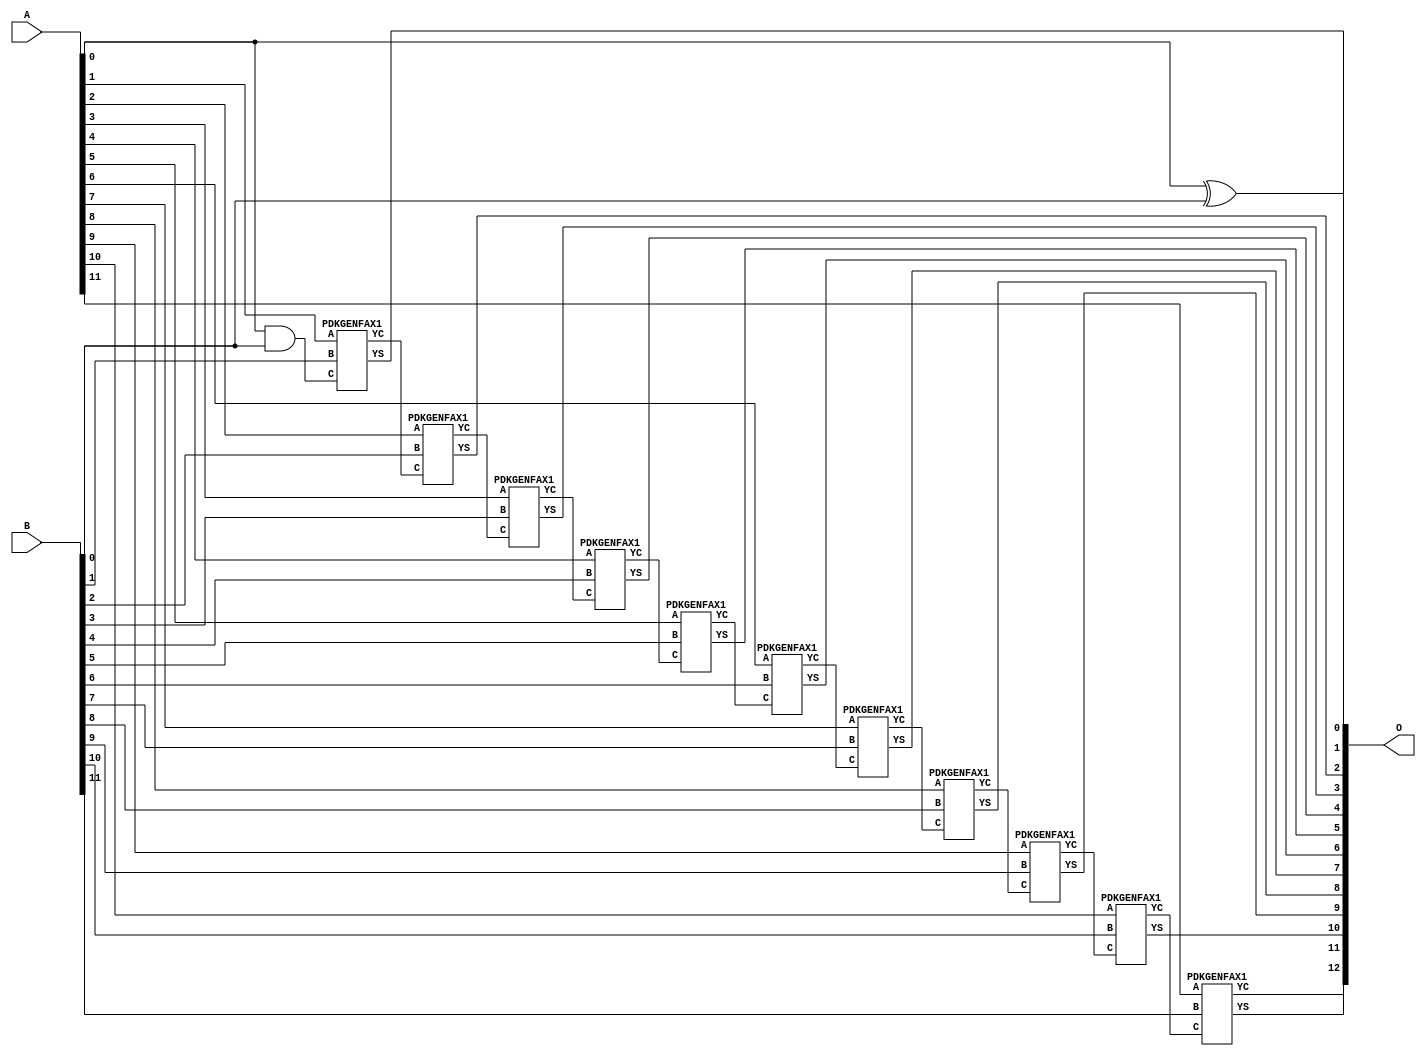
/***
* This code is a part of EvoApproxLib library (ehw.fit.vutbr.cz/approxlib) distributed under The MIT License.
* When used, please cite the following article(s): V. Mrazek, Z. Vasicek and R. Hrbacek, "Role of circuit representation in evolutionary design of energy-efficient approximate circuits" in IET Computers & Digital Techniques, vol. 12, no. 4, pp. 139-149, 7 2018. doi: 10.1049/iet-cdt.2017.0188 
* This file contains a circuit from a sub-set of pareto optimal circuits with respect to the pwr and ep parameters
***/
// MAE% = 0.00 %
// MAE = 0 
// WCE% = 0.00 %
// WCE = 0 
// WCRE% = 0.00 %
// EP% = 0.00 %
// MRE% = 0.00 %
// MSE = 0 
// PDK45_PWR = 0.052 mW
// PDK45_AREA = 106.1 um2
// PDK45_DELAY = 0.96 ns

module add12u_19A(A, B, O);
  input [11:0] A, B;
  output [12:0] O;
  wire n_415, n_414, n_36, n_349, n_42, n_37, n_314, n_315, n_23, n_22;
  wire n_21, n_20, n_27, n_26, n_25, n_24, n_248, n_29, n_28, n_48;
  wire n_249, n_81, n_80, n_149, n_148, n_67, n_66, n_214, n_129, n_128;
  wire n_39, n_38, n_102, n_380, n_381, n_181, n_180, n_8, n_9, n_115;
  wire n_4, n_5, n_6, n_7, n_0, n_1, n_2, n_3, n_30, n_31;
  wire n_32, n_33, n_34, n_35, n_18, n_19, n_16, n_17, n_14, n_15;
  wire n_12, n_13, n_10, n_11, n_114, n_45, n_58, n_59, n_44, n_43;
  wire n_47, n_348, n_280, n_215, n_46, n_281, n_41, n_40;
  assign n_0 = A[0];
  assign n_1 = A[0];
  assign n_2 = A[1];
  assign n_3 = A[1];
  assign n_4 = A[2];
  assign n_5 = A[2];
  assign n_6 = A[3];
  assign n_7 = A[3];
  assign n_8 = A[4];
  assign n_9 = A[4];
  assign n_10 = A[5];
  assign n_11 = A[5];
  assign n_12 = A[6];
  assign n_13 = A[6];
  assign n_14 = A[7];
  assign n_15 = A[7];
  assign n_16 = A[8];
  assign n_17 = A[8];
  assign n_18 = A[9];
  assign n_19 = A[9];
  assign n_20 = A[10];
  assign n_21 = A[10];
  assign n_22 = A[11];
  assign n_23 = A[11];
  assign n_24 = B[0];
  assign n_25 = B[0];
  assign n_26 = B[1];
  assign n_27 = B[1];
  assign n_28 = B[2];
  assign n_29 = B[2];
  assign n_30 = B[3];
  assign n_31 = B[3];
  assign n_32 = B[4];
  assign n_33 = B[4];
  assign n_34 = B[5];
  assign n_35 = B[5];
  assign n_36 = B[6];
  assign n_37 = B[6];
  assign n_38 = B[7];
  assign n_39 = B[7];
  assign n_40 = B[8];
  assign n_41 = B[8];
  assign n_42 = B[9];
  assign n_43 = B[9];
  assign n_44 = B[10];
  assign n_45 = B[10];
  assign n_46 = B[11];
  assign n_47 = B[11];
  assign n_48 = n_0 ^ n_24;
  assign n_58 = n_0 & n_24;
  assign n_59 = n_58;
  assign n_66 = n_59;
  assign n_67 = n_66;
  PDKGENFAX1 tmp64(.YS(n_80), .YC(n_81), .A(n_2), .B(n_26), .C(n_67));
  assign n_102 = n_81;
  PDKGENFAX1 tmp66(.YS(n_114), .YC(n_115), .A(n_4), .B(n_28), .C(n_102));
  assign n_128 = n_115;
  assign n_129 = n_128;
  PDKGENFAX1 tmp69(.YS(n_148), .YC(n_149), .A(n_6), .B(n_30), .C(n_129));
  PDKGENFAX1 tmp70(.YS(n_180), .YC(n_181), .A(n_8), .B(n_32), .C(n_149));
  PDKGENFAX1 tmp71(.YS(n_214), .YC(n_215), .A(n_10), .B(n_34), .C(n_181));
  PDKGENFAX1 tmp72(.YS(n_248), .YC(n_249), .A(n_12), .B(n_36), .C(n_215));
  PDKGENFAX1 tmp73(.YS(n_280), .YC(n_281), .A(n_14), .B(n_38), .C(n_249));
  PDKGENFAX1 tmp74(.YS(n_314), .YC(n_315), .A(n_16), .B(n_40), .C(n_281));
  PDKGENFAX1 tmp75(.YS(n_348), .YC(n_349), .A(n_18), .B(n_42), .C(n_315));
  PDKGENFAX1 tmp76(.YS(n_380), .YC(n_381), .A(n_20), .B(n_44), .C(n_349));
  PDKGENFAX1 tmp77(.YS(n_414), .YC(n_415), .A(n_22), .B(n_46), .C(n_381));
  assign O[0] = n_48;
  assign O[1] = n_80;
  assign O[2] = n_114;
  assign O[3] = n_148;
  assign O[4] = n_180;
  assign O[5] = n_214;
  assign O[6] = n_248;
  assign O[7] = n_280;
  assign O[8] = n_314;
  assign O[9] = n_348;
  assign O[10] = n_380;
  assign O[11] = n_414;
  assign O[12] = n_415;
endmodule

/* mod */
module PDKGENFAX1( input A, input B, input C, output YS, output YC );
    assign YS = (A ^ B) ^ C;
    assign YC = (A & B) | (B & C) | (A & C);
endmodule